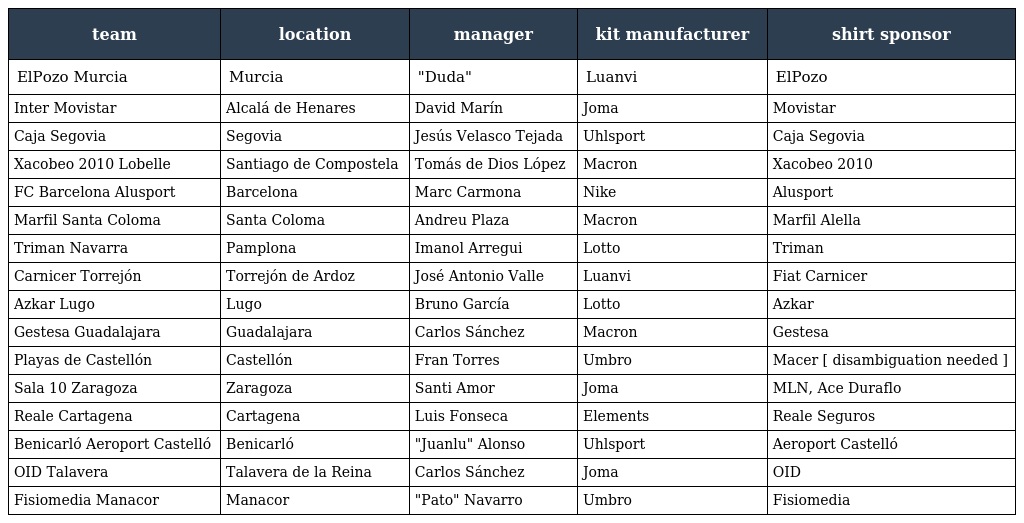
| team | location | manager | kit manufacturer | shirt sponsor |
 | --- | --- | --- | --- | --- |
 | ElPozo Murcia | Murcia | "Duda" | Luanvi | ElPozo |
 | Inter Movistar | Alcalá de Henares | David Marín | Joma | Movistar |
 | Caja Segovia | Segovia | Jesús Velasco Tejada | Uhlsport | Caja Segovia |
 | Xacobeo 2010 Lobelle | Santiago de Compostela | Tomás de Dios López | Macron | Xacobeo 2010 |
 | FC Barcelona Alusport | Barcelona | Marc Carmona | Nike | Alusport |
 | Marfil Santa Coloma | Santa Coloma | Andreu Plaza | Macron | Marfil Alella |
 | Triman Navarra | Pamplona | Imanol Arregui | Lotto | Triman |
 | Carnicer Torrejón | Torrejón de Ardoz | José Antonio Valle | Luanvi | Fiat Carnicer |
 | Azkar Lugo | Lugo | Bruno García | Lotto | Azkar |
 | Gestesa Guadalajara | Guadalajara | Carlos Sánchez | Macron | Gestesa |
 | Playas de Castellón | Castellón | Fran Torres | Umbro | Macer [ disambiguation needed ] |
 | Sala 10 Zaragoza | Zaragoza | Santi Amor | Joma | MLN, Ace Duraflo |
 | Reale Cartagena | Cartagena | Luis Fonseca | Elements | Reale Seguros |
 | Benicarló Aeroport Castelló | Benicarló | "Juanlu" Alonso | Uhlsport | Aeroport Castelló |
 | OID Talavera | Talavera de la Reina | Carlos Sánchez | Joma | OID |
 | Fisiomedia Manacor | Manacor | "Pato" Navarro | Umbro | Fisiomedia |